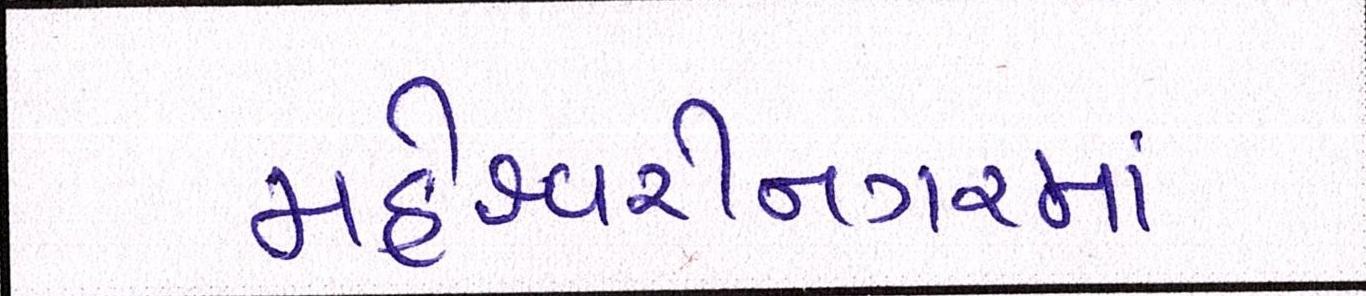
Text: મહેશ્વરીનગરમાં